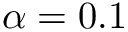
\alpha = 0 . 1